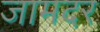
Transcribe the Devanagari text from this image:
जामदर